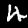
Label: 4